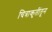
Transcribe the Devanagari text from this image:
चित्राकृतींतून